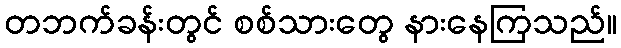
တဘက်ခန်းတွင် စစ်သားတွေ နားနေကြသည်။